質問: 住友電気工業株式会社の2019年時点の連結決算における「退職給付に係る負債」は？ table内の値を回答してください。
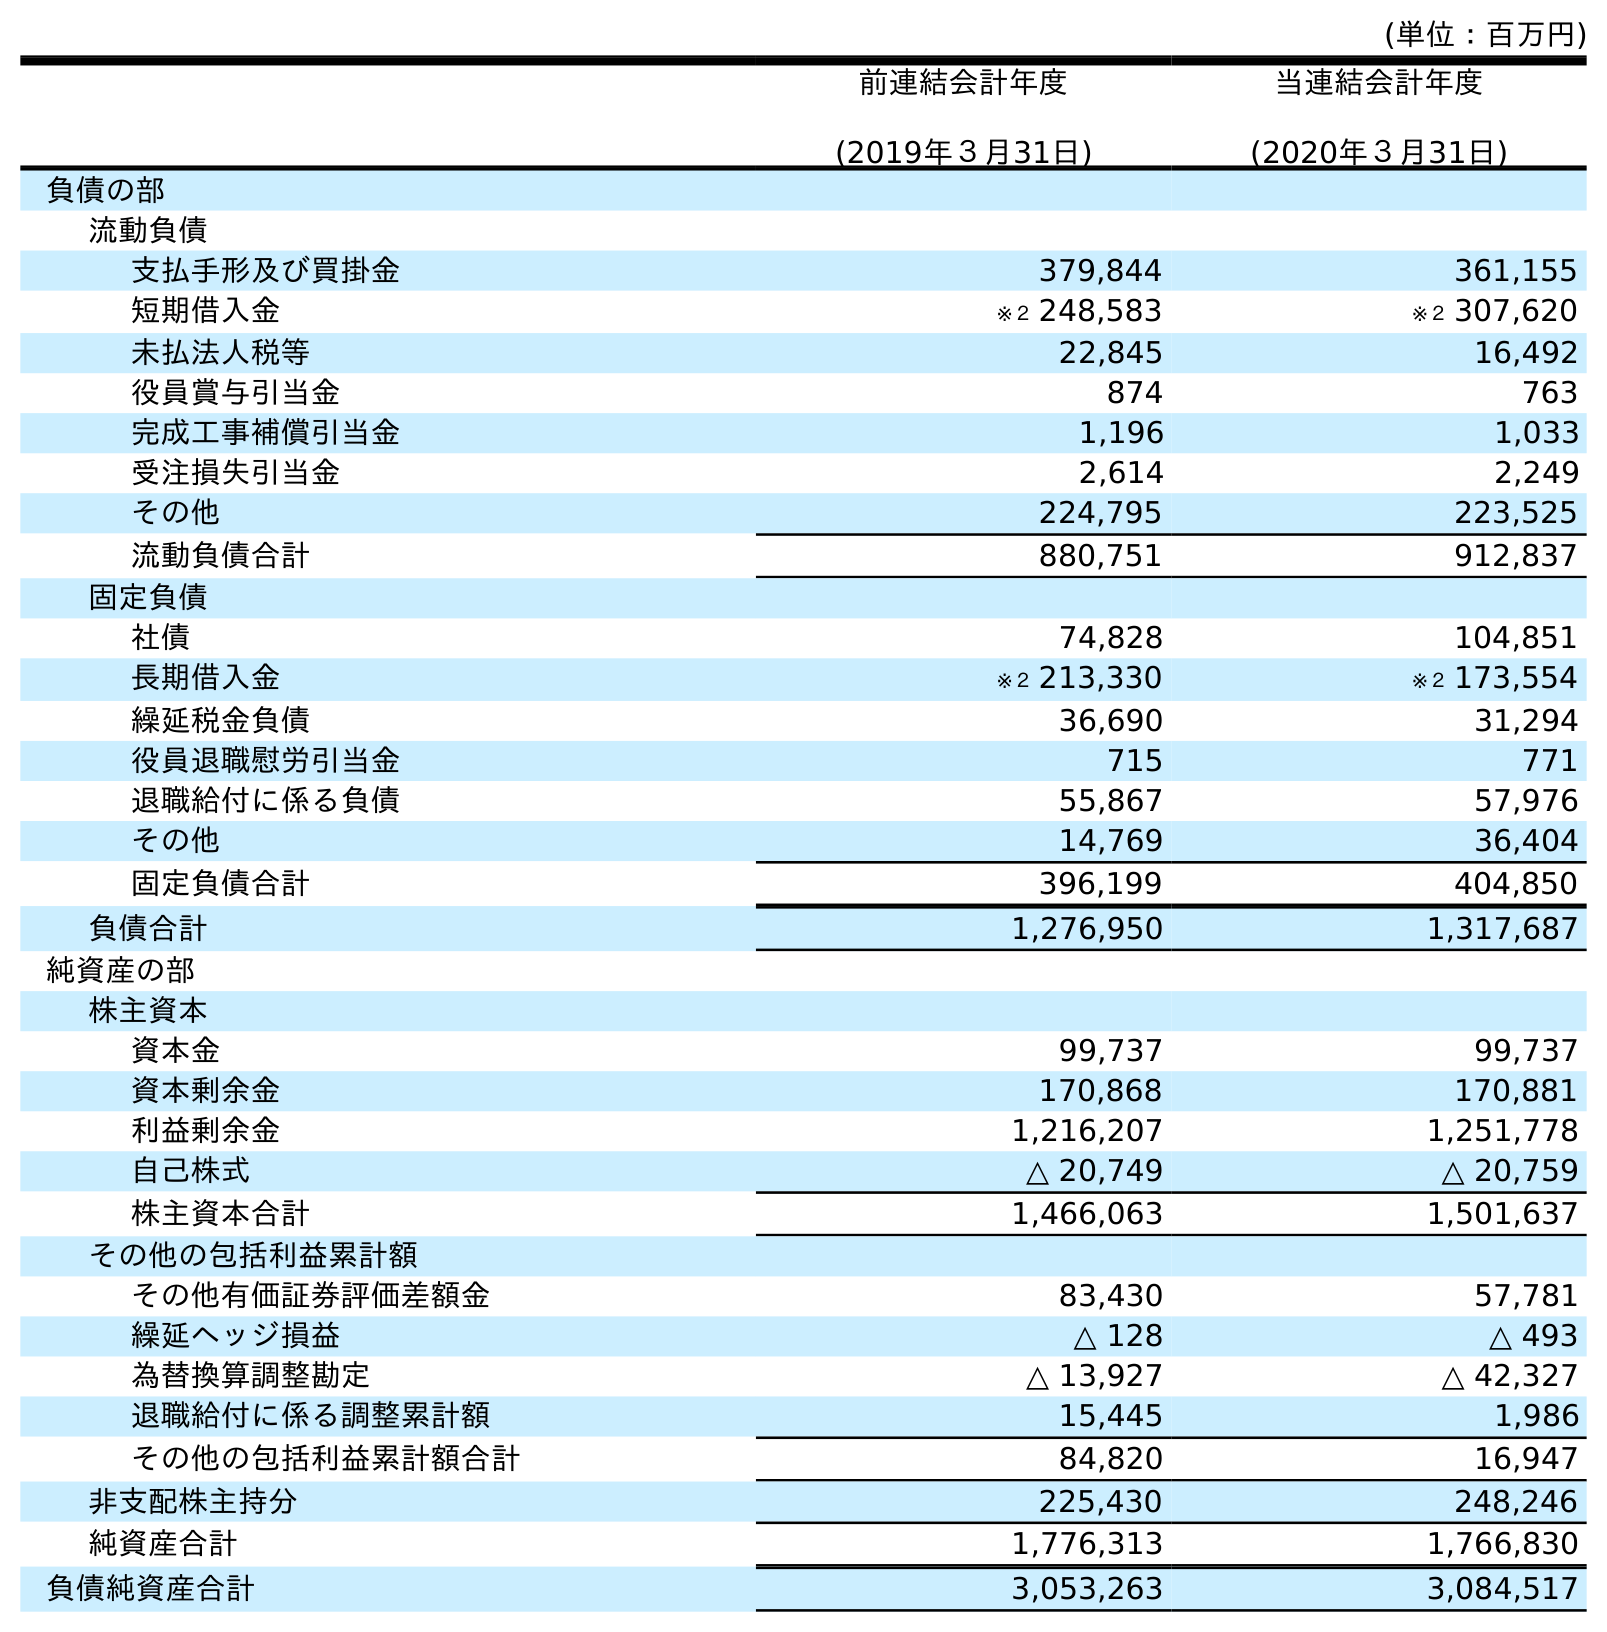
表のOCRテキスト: (単位：百万円) 前連結会計年度 (2019年３月31日) 当連結会計年度 (2020年３月31日) 負債の部 流動負債 支払手形及び買掛金 379,844 361,155 短期借入金 ※２ 248,583 ※２ 307,620 未払法人税等 22,845 16,492 役員賞与引当金 874 763 完成工事補償引当金 1,196 1,033 受注損失引当金 2,614 2,249 その他 224,795 223,525 流動負債合計 880,751 912,837 固定負債 社債 74,828 104,851 長期借入金 ※２ 213,330 ※２ 173,554 繰延税金負債 36,690 31,294 役員退職慰労引当金 715 771 退職給付に係る負債 55,867 57,976 その他 14,769 36,404 固定負債合計 396,199 404,850 負債合計 1,276,950 1,317,687 純資産の部 株主資本 資本金 99,737 99,737 資本剰余金 170,868 170,881 利益剰余金 1,216,207 1,251,778 自己株式 △ 20,749 △ 20,759 株主資本合計 1,466,063 1,501,637 その他の包括利益累計額 その他有価証券評価差額金 83,430 57,781 繰延ヘッジ損益 △ 128 △ 493 為替換算調整勘定 △ 13,927 △ 42,327 退職給付に係る調整累計額 15,445 1,986 その他の包括利益累計額合計 84,820 16,947 非支配株主持分 225,430 248,246 純資産合計 1,776,313 1,766,830 負債純資産合計 3,053,263 3,084,517
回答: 55,867